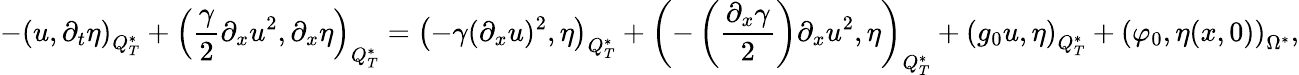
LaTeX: -\left(u,\partial_{t}\eta\right)_{Q_{T}^{*}}+\left(\frac{\gamma}{2}\partial_{x}u^{2},\partial_{x}\eta\right)_{Q_{T}^{*}}=\left(-\gamma(\partial_{x}u)^{2},\eta\right)_{Q_{T}^{*}}+\left(-\left(\frac{\partial_{x}\gamma}{2}\right)\partial_{x}u^{2},\eta\right)_{Q_{T}^{*}}+\left(g_{0}u,\eta\right)_{Q_{T}^{*}}+\left(\varphi_{0},\eta(x,0)\right)_{\Omega^{*}},